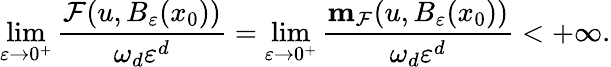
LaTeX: \operatorname*{lim}_{\varepsilon\to 0^{+}}\frac{\mathcal{F}(u,B_{\varepsilon}(x_{0}))}{\omega_{d}\varepsilon^{d}}=\operatorname*{lim}_{\varepsilon\to 0^{+}}\frac{\mathbf{m}_{\mathcal{F}}(u,B_{\varepsilon}(x_{0}))}{\omega_{d}\varepsilon^{d}}<+\infty.